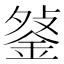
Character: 𨧔